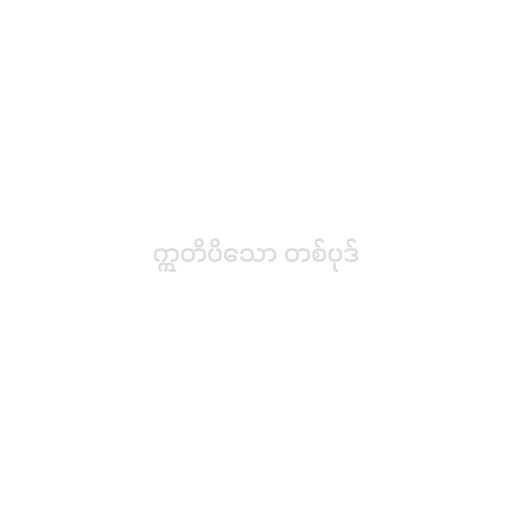
ဣတိပိသော တစ်ပုဒ်